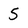
Character: 5